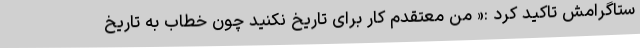
ستاگرامش تاکید کرد :« من معتقدم کار برای تاریخ نکنید چون خطاب به تاریخ